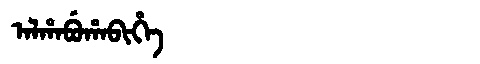
Manchu: ᠠᠯᡥᠠᠪᡠᡥᠠᠪᡳᡥᡝ
Romanization: ALHABUHABIHE